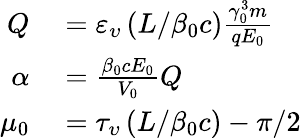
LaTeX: \begin{array}{rl}{Q}&{{}=\varepsilon_{\upsilon}\left(L/\beta_{0}c\right)\frac{\gamma_{0}^{3}m}{qE_{0}}}\\ {\alpha}&{{}=\frac{\beta_{0}cE_{0}}{V_{0}}Q}\\ {\mu_{0}}&{{}=\tau_{\upsilon}\left(L/\beta_{0}c\right)-\pi/2}\end{array}